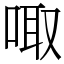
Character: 㖩